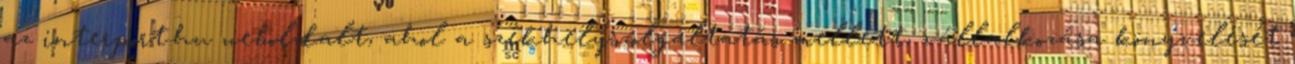
az interport.hu weboldalt, ahol a székhelyszolgáltatás mellett, vállalkozása könyvelését